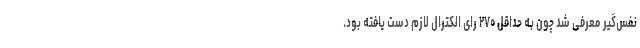
نفس‌گیر معرفی شد چون به حداقل ۲۷۰ رای الکترال لازم دست یافته بود.